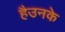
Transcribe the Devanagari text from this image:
हैउनके